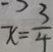
x = \frac { 3 } { 4 }